Reports on dispensaries and lunatic asylums in the Province of Oudh - 1869-1876
Year: 1869
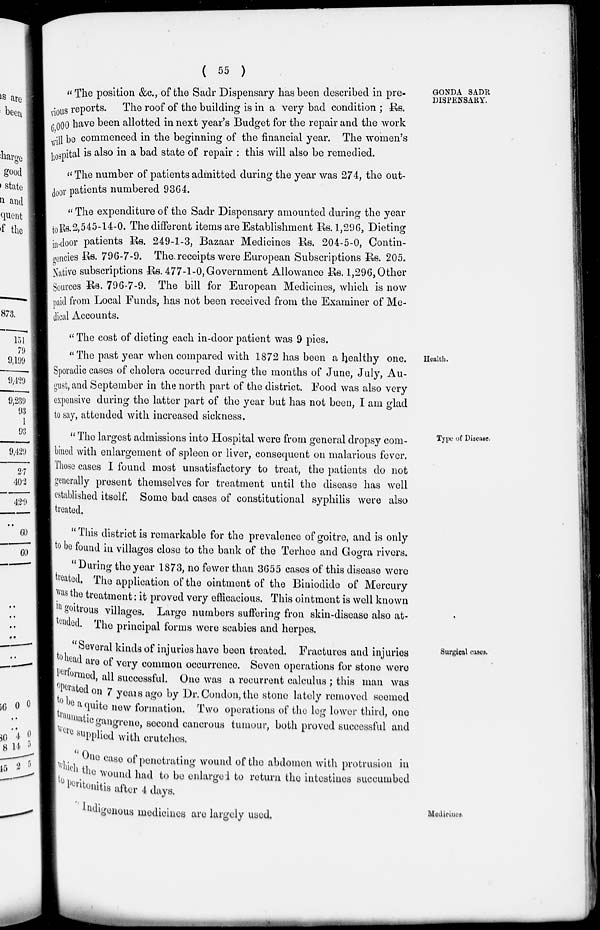
( 55 )
GONDA SADR
DISPENSARY.
" The position &c., of the Sadr Dispensary has been described in pre-
vious reports. The roof of the building is in a very bad condition ; Rs.
6,000 have been allotted in next year's Budget for the repair and the work
will be commenced in the beginning of the financial year. The women's
hospital is also in a bad state of repair : this will also be remedied.
" The number of patients admitted during the year was 274, the out-
door patients numbered 9364.
" The expenditure of the Sadr Dispensary amounted during the year
to Rs.2,545-14-0. The different items are Establishment Rs. 1,296, Dieting
in-door patients Rs. 249-1-3, Bazaar Medicines Rs. 204-5-0, Contin-
gencies Rs. 796-7-9. The. receipts were European Subscriptions Rs. 205.
Native subscriptions Rs. 477-1-0,Government Allowance Rs. 1,296,Other
Sources Rs. 796-7-9. The bill for European Medicines, which is now
paid from Local Funds, has not been received from the Examiner of Me-
dical Accounts.
Health.
'' The cost of dieting each in-door patient was 9 pies.
"The past year when compared with 1872 has been a healthy one.
Sporadic cases of cholera occurred during the months of June, July, Au-
gust, and September in the north part of the district. Food was also very
expensive during the latter part of the year but has not been, I am glad
to say, attended with increased sickness.
Type of Disease.
" The largest admissions into Hospital were from general dropsy com-
bined with enlargement of spleen or liver, consequent on malarious fever.
Those cases I found most unsatisfactory to treat, the patients do not
generally present themselves for treatment until the disease has well
established itself. Some bad cases of constitutional syphilis were also
treated.
"This district is remarkable for the prevalence of goitre, and is only
to be found in villages close to the bank of the Terhee and Gogra rivers.
" During the year 1873, no fewer than 3655 cases of this disease were
treated. The application of the ointment of the Biniodide of Mercury
was the treatment : it proved very efficacious. This ointment is well known
in goitrous villages. Large numbers suffering fron skin-disease also at-
tended. The principal forms were scabies and herpes.
Surgical cases.
'' Several kinds of injuries have been treated. Fractures and injuries
to head are of very common occurrence. Seven operations for stone were
performed
, all successful. One was a recurrent calculus ; this man was
operated on 7 years ago by Dr. Condon, the stone lately removed seemed
to be a quite new formation. Two operations of the leg lower third, one
traumatic gangrene, second cancrous tumour, both proved successful and
were supplied with crutches.
''One case of penetrating wound of the abdomen with protrusion in
which the wound had to be enlarged to return the intestines succumbed
to peritonitis after 4 days.
Medicines.
Indigenous medicines are largely used.